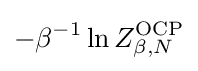
-\beta ^{-1}\ln Z_{\beta ,N}^{\text{OCP}}